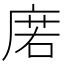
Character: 𢉳